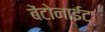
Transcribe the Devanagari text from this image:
बेंटोनाईट